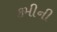
કમીની